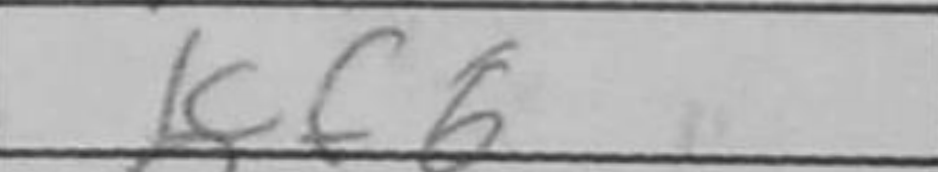
Transcription: Kf6